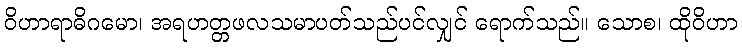
ဝိဟာရာဓိဂမော၊ အရဟတ္တဖလသမာပတ်သည်ပင်လျှင် ရောက်သည်။ သောစ၊ ထိုဝိဟာ